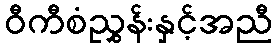
ဝီကီစံညွှန်းနှင့်အညီ